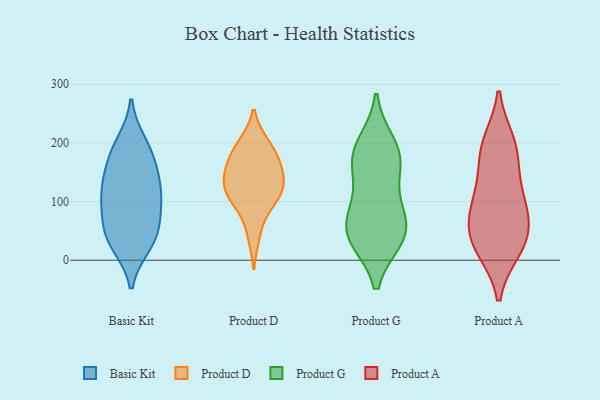
{"axis": {"x": "Net Income (USD K)", "y": "Value"}, "legend": ["Basic Kit", "Product A", "Product D", "Product G"], "data": [{"x": "", "y": 132, "type": "Basic Kit"}, {"x": "", "y": 26, "type": "Basic Kit"}, {"x": "", "y": 50, "type": "Basic Kit"}, {"x": "", "y": 40, "type": "Basic Kit"}, {"x": "", "y": 28, "type": "Basic Kit"}, {"x": "", "y": 109, "type": "Basic Kit"}, {"x": "", "y": 200, "type": "Basic Kit"}, {"x": "", "y": 72, "type": "Basic Kit"}, {"x": "", "y": 118, "type": "Basic Kit"}, {"x": "", "y": 83, "type": "Basic Kit"}, {"x": "", "y": 115, "type": "Basic Kit"}, {"x": "", "y": 191, "type": "Basic Kit"}, {"x": "", "y": 159, "type": "Basic Kit"}, {"x": "", "y": 170, "type": "Basic Kit"}, {"x": "", "y": 110, "type": "Product D"}, {"x": "", "y": 154, "type": "Product D"}, {"x": "", "y": 198, "type": "Product D"}, {"x": "", "y": 137, "type": "Product D"}, {"x": "", "y": 173, "type": "Product D"}, {"x": "", "y": 129, "type": "Product D"}, {"x": "", "y": 43, "type": "Product D"}, {"x": "", "y": 128, "type": "Product D"}, {"x": "", "y": 167, "type": "Product D"}, {"x": "", "y": 92, "type": "Product D"}, {"x": "", "y": 196, "type": "Product D"}, {"x": "", "y": 106, "type": "Product D"}, {"x": "", "y": 38, "type": "Product G"}, {"x": "", "y": 38, "type": "Product G"}, {"x": "", "y": 81, "type": "Product G"}, {"x": "", "y": 102, "type": "Product G"}, {"x": "", "y": 50, "type": "Product G"}, {"x": "", "y": 172, "type": "Product G"}, {"x": "", "y": 197, "type": "Product G"}, {"x": "", "y": 166, "type": "Product G"}, {"x": "", "y": 46, "type": "Product G"}, {"x": "", "y": 176, "type": "Product G"}, {"x": "", "y": 33, "type": "Product A"}, {"x": "", "y": 51, "type": "Product A"}, {"x": "", "y": 73, "type": "Product A"}, {"x": "", "y": 118, "type": "Product A"}, {"x": "", "y": 190, "type": "Product A"}, {"x": "", "y": 22, "type": "Product A"}, {"x": "", "y": 182, "type": "Product A"}, {"x": "", "y": 82, "type": "Product A"}, {"x": "", "y": 114, "type": "Product A"}, {"x": "", "y": 199, "type": "Product A"}, {"x": "", "y": 20, "type": "Product A"}]}